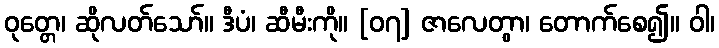
ဝုတ္တေ၊ ဆိုလတ်သော်။ ဒီပံ၊ ဆီမီးကို။ [၀၇] ဇာလေတွာ၊ တောက်စေ၍။ ဝါ၊